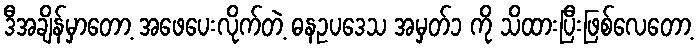
ဒီအချိန်မှာတော့ အဖေပေးလိုက်တဲ့ ဓနဥပဒေသ အမှတ်၁ ကို သိထားပြီးဖြစ်လေတော့